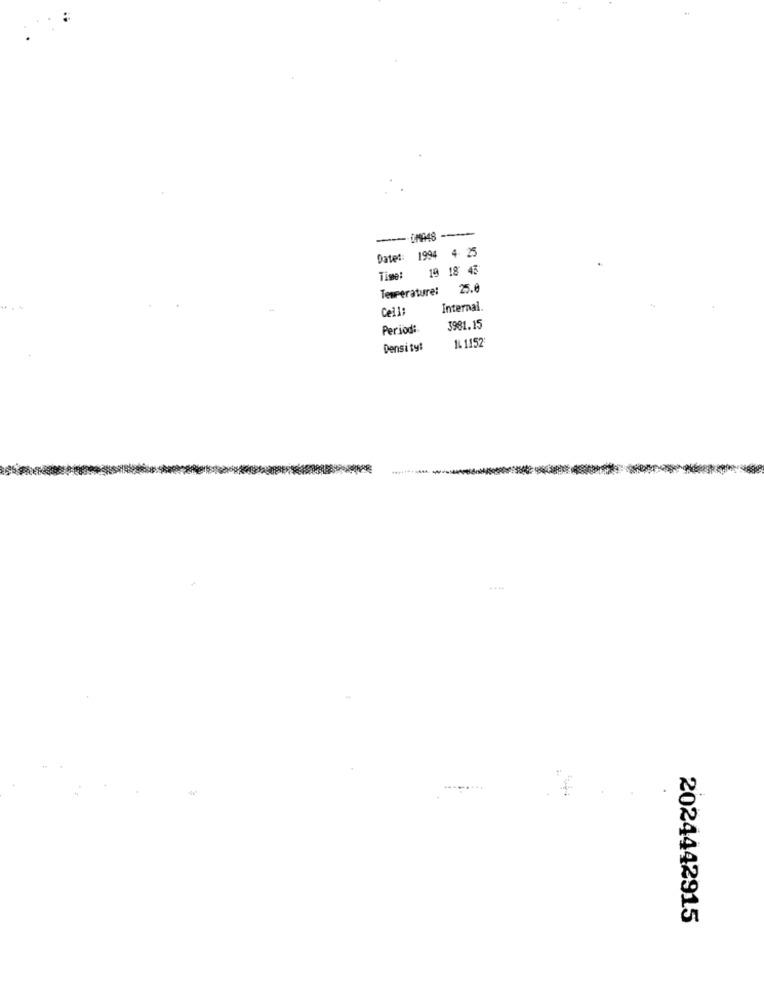
--
Date :: 1994 4 25
Time: 19 18 45
Temperature:
25.0
Cell:
Internal.
Period:
3981.15
Density!
14 1152
2024442915